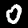
Digit: 0